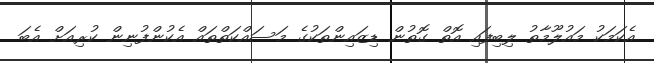
އެކަމަކު މައުލޫމާތު ލިބިފައި އޮތް ގޮތުން ޑިޒައިންތަކުގެ މަސައްކަތްތައް އެކުންފުނިން ކުރިއަށް އެބަ